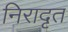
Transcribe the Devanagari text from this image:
निरादृत